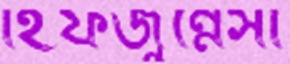
হিফজুন্নেসা